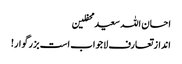
احسان اللہ سعید محفلین
انداز تعارف لاجواب است بزرگوار!